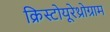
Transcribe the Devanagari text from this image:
क्रिस्टोयूरेथ्रोग्राम